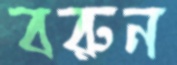
বরুন